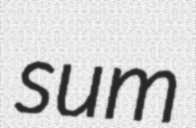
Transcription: sum